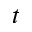
t